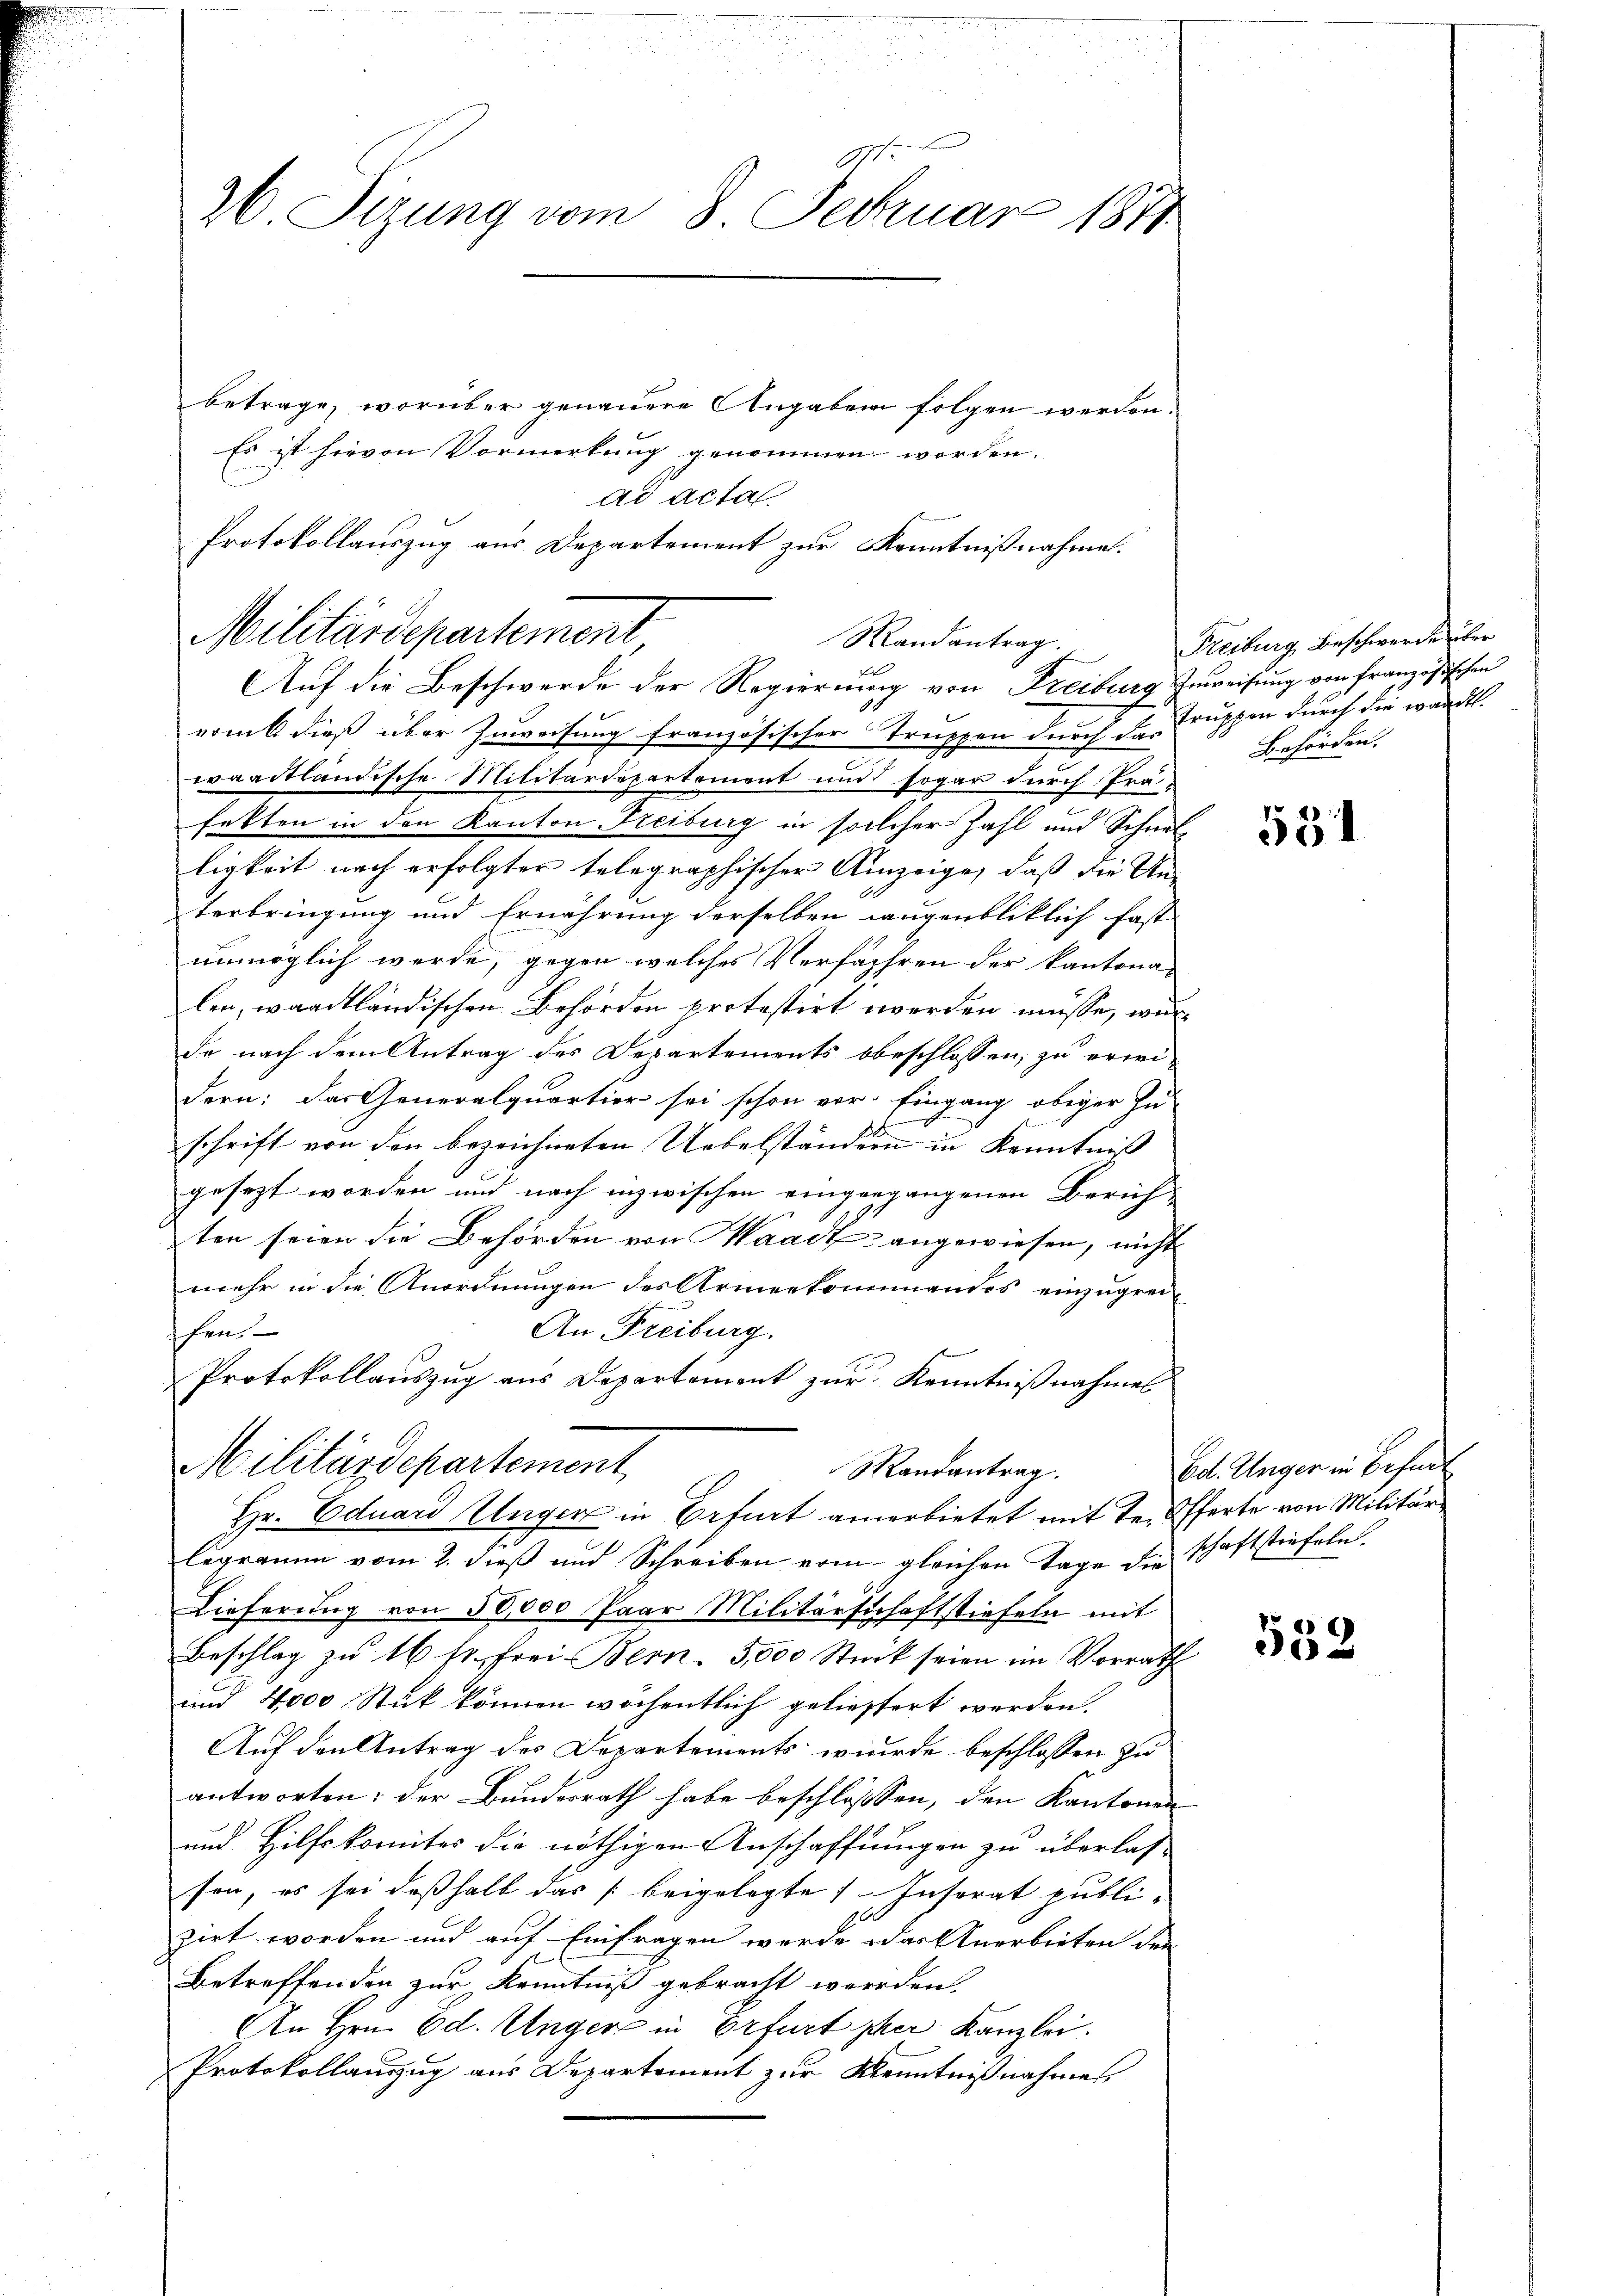
26 Sizung vom 8. Februar 1871

betrage, worüber genauere Angaben folgen werden.
Es ist hievon Vormirkung genommen worden.
ad acta
vom 6 dieß über Zuweisung französischer Truppen durch das Truppen durch die wardt.
waadtländische Militärdepartement und sogar durch Präfetten in den Kanton Freiburg in solcher Zahl und Schnelligkeit nach erfolgter telegraphischer Anzeige, daß die Un-
terbringung und Ernährung derselben augenbliklich fast
unmöglich werde, gegen welches Verfahren der kantona-
len, waadtländischen Behörden protestirt werden müsse, wur
de nach dem Antrag des Departements obeschlossen, zu erwei-
dern: das Generalquartier sei schon vor. Eingang obiger Zu-
schrift von den bezeichneten Uebelständern in Kenntniß
gesezt worden und noch inzwischen eingergangenen Zürich-
ten seien die Behörden von Waadt angewiesen, nicht
mehr in die Anordnungen des Armeekommandos einzugrei¬
An Freiburg.
fen.
Protokollauszug aus Departement zur Kenntnißnahmes
Militärdepartement,
Mandantrag.
Hr. Eduard Unger in Erfurt anerbietet mit Te. Offerte von Militärlegramm vom 2. dieß und Schreiben vom gleichen Tage die schaftstiefeln
Lieferung von 50,000 Paar Militärschaftstiefeln mit
Beschlag zu 16 s. frei Bern. 5,000 Stück seien im Vorrath
und 4000 Stück können wöchentlich gelieffert werden.
Auf den Antrag des Departements wurde beschlossen zu
antworten: der Bundesrath habe beschlossen, den Kantonen
und Hilfskomites die nöthigen Anschaffungen zu überlas-
sen, es sei deßhalb das beigelegte Insorat publizirt worden und auf Einfragen werde das Anerbieten den
betreffenden zur Kenntniß gebracht werden.
An Hrn. Od. Unger in Erfurtsher Kanzlei.
Protokollauszug aus Departement zur Kenntnißnahmen

Militärdepartement

Protokollauszug aus Departement zur Kenntnißnahme.
Randantrag.
Auf die Beschwerde der Regierung von Freiburg Zuweisung von französischen

Freiburg Beschwerde über
Behörden.

531

Ed. Unger in Befugt

552